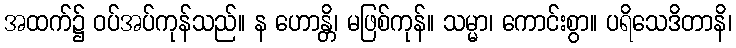
အထက်၌ ဝပ်အပ်ကုန်သည်။ န ဟောန္တိ၊ မဖြစ်ကုန်။ သမ္မာ၊ ကောင်းစွာ။ ပရိသေဒိတာနိ၊